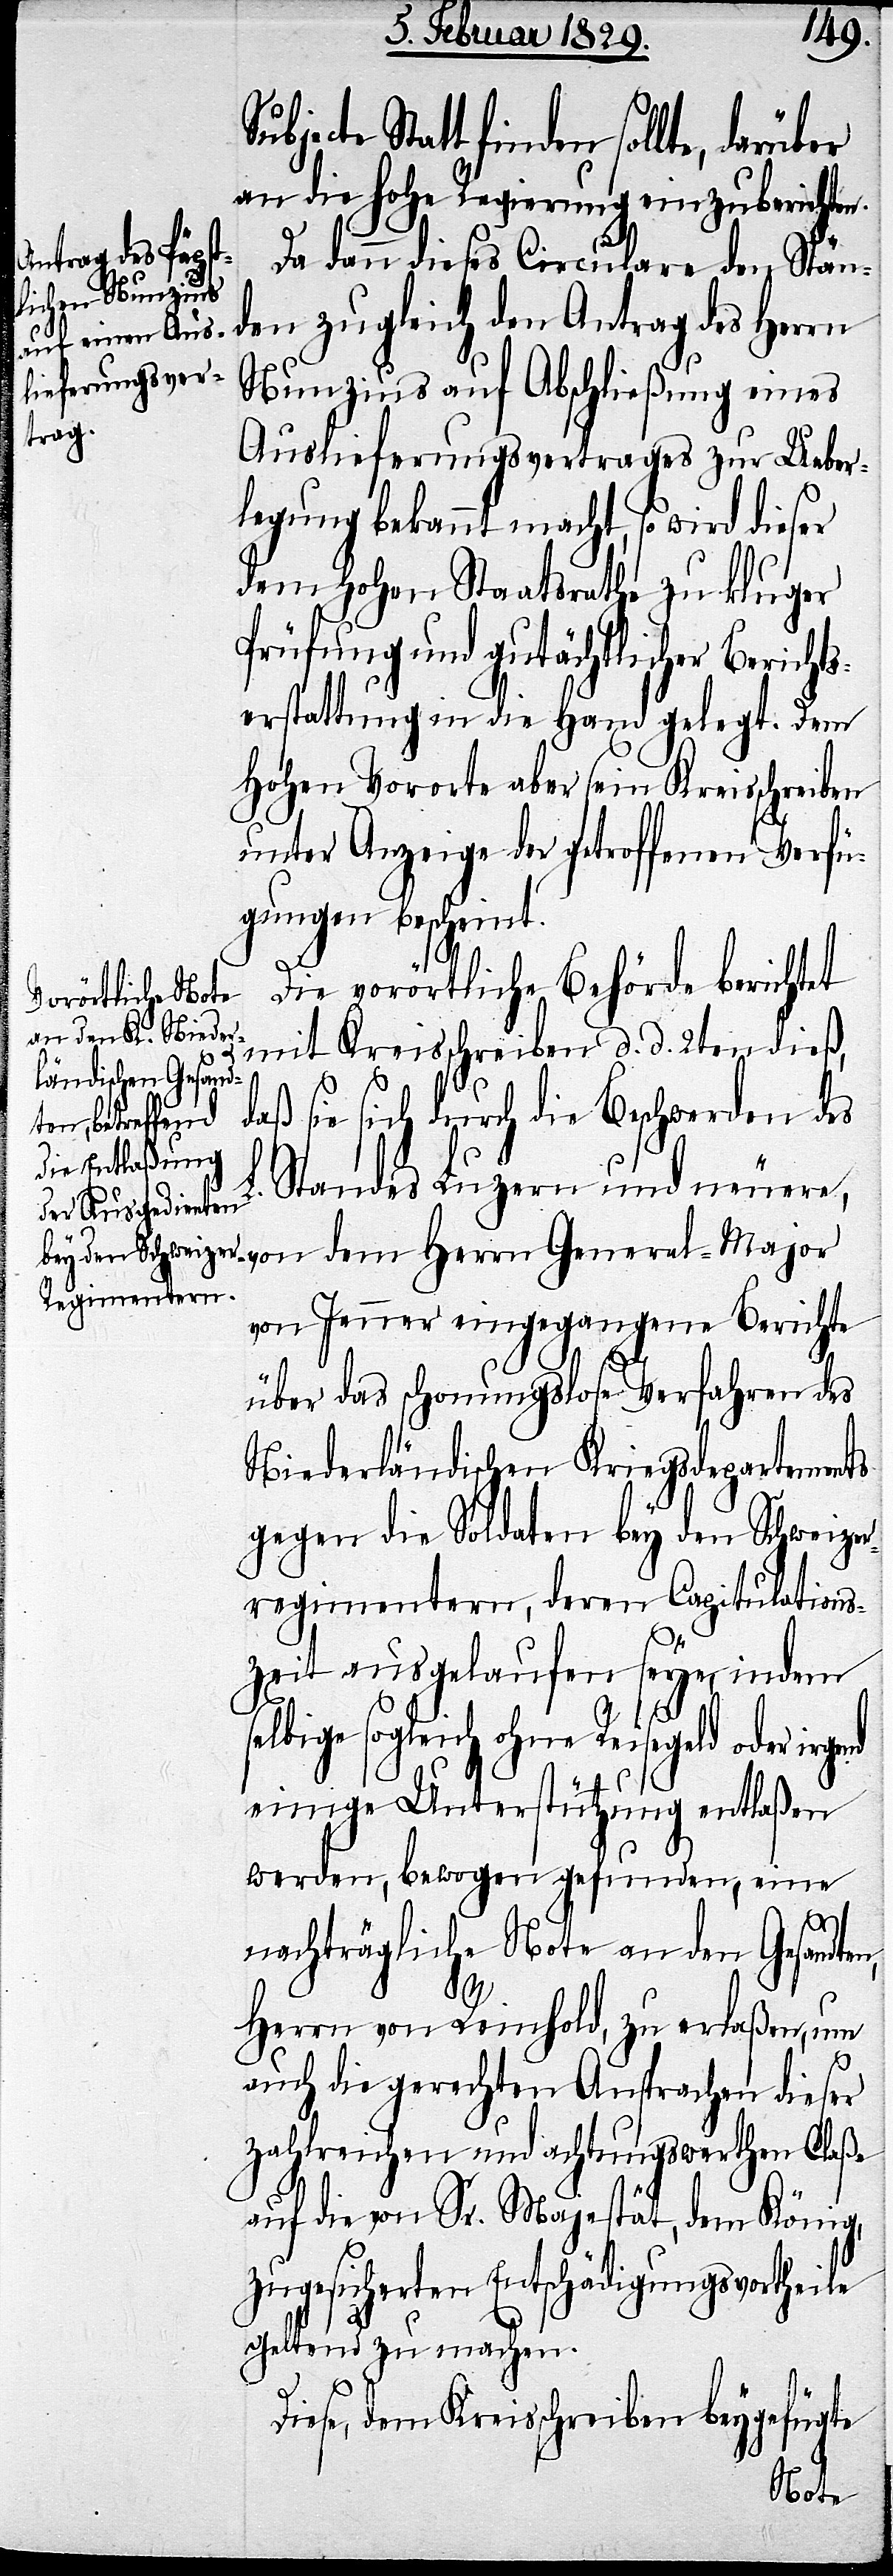
bjecte Statt finden sollte, dar¬
an die hohe Regierung einzuberichten.
Da dann dieses Circulare den Stän¬
den zugleich den Antrag des Herrn
Nunzius auf Abschließung eines
Auslieferungsvertrages zur Ueber¬
legung bekannt macht, so wird dieser
dem hohen Staatsrathe zu kluger
Prüfung und gutächtlicher Berichts¬
erstattung in die Hand gelegt. Dem
Hohen Vororte aber sein Kreisschreiben
unter Anzeige der getroffenen Verfü¬
gungen bescheint.
Die vorörtliche Behörde berichtet
mit Kreisschreiben d. d. 2ten dieß,
von
Standes Luzern und neuere,
von Jenner eingegangene Berichte
über das schonungslose Verfahren des
Niederländischen Kriegsdepartements
gegen die Soldaten bey den Schweizer¬
regimentern, deren Capitulations¬
zeit ausgelaufen seye, indem
sogleich ohne Reisegeld oder
einige Unterstützung entlaßen
werden, bewogen gefunden, eine
nachträgliche Note an den Gesandten,
Herrn von Reinhold, zu erlaßen, um
auch die gerechte Ansprachen dieser
zahlreichen und achtungswerthen Claße
auf die von Sr. Majestät, dem König,
zugesicherten Entschädigungsvortheile
geltend zu machen.
Diese, dem Kreisschreiben beygefügte